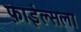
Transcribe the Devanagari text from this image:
फ़ाईल्सला